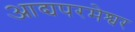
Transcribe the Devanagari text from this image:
आद्यपरमेश्वर